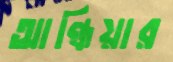
আন্ধিয়ার